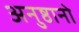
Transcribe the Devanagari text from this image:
अनुष्ठानो